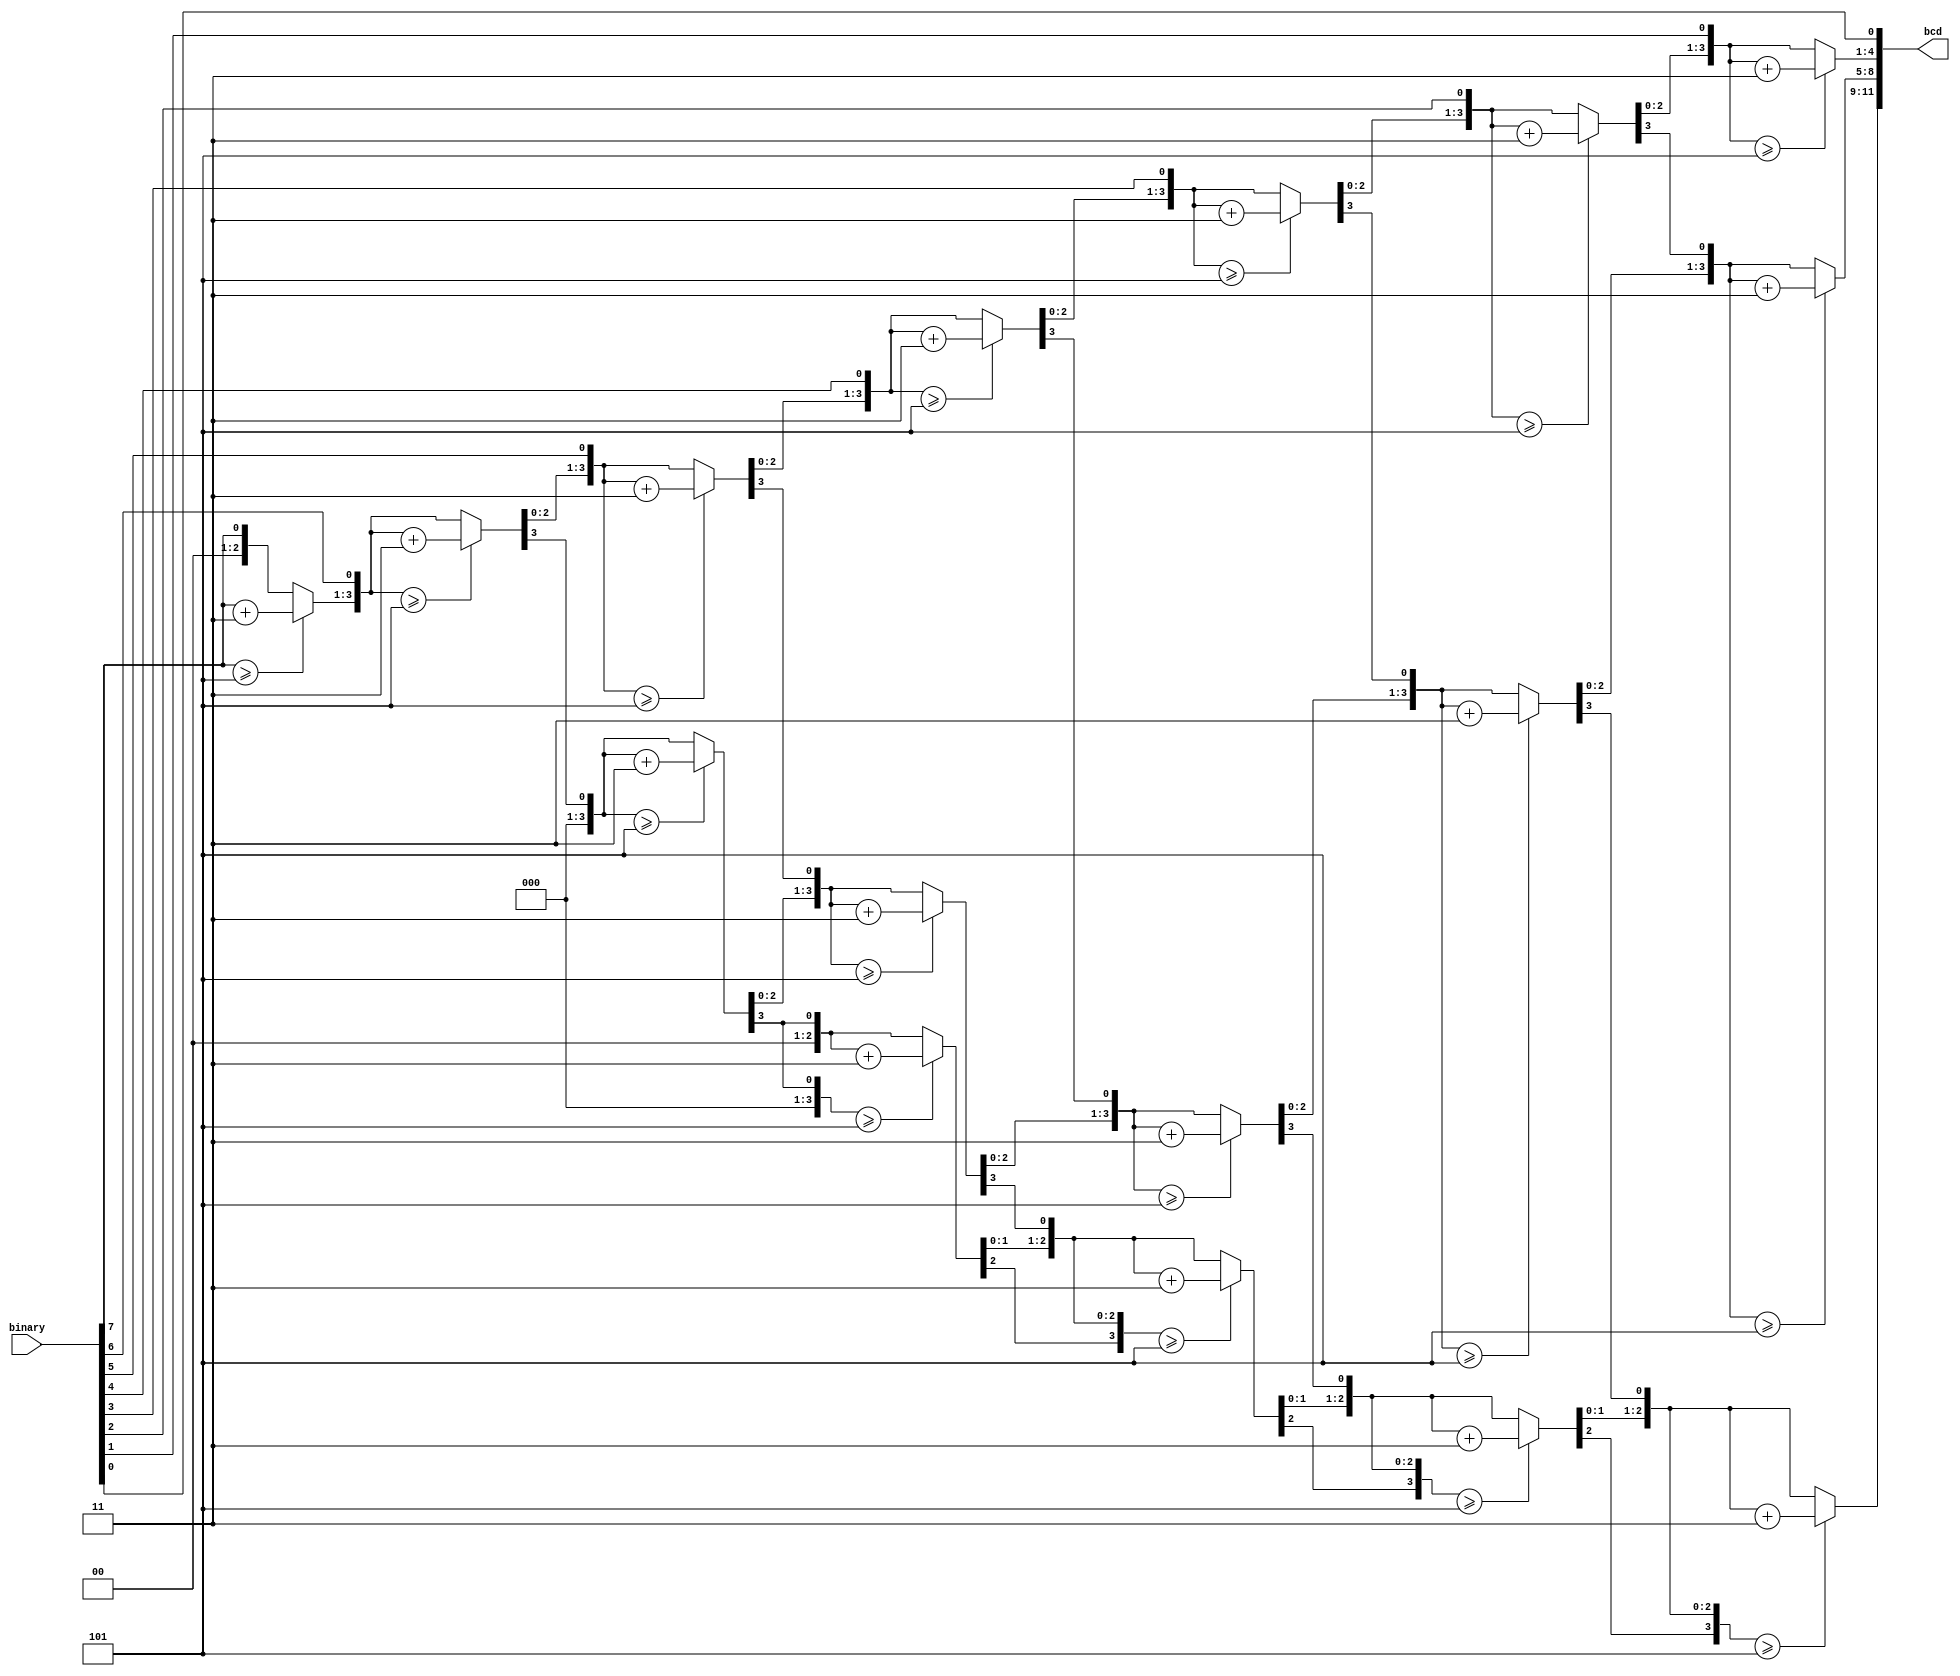
`timescale 1ns / 1ps
//////////////////////////////////////////////////////////////////////////////////
// Company: 
// Engineer: 
// 
// Design Name: 
// Module Name:    binary_to_bcd 
// Project Name: 
// Target Devices: 
// Tool versions: 
// Description: 
//
// Dependencies: 
//
// Revision: 
// Revision 0.01 - File Created
// Additional Comments: 
//
//////////////////////////////////////////////////////////////////////////////////
// Convert binary number to BCD
module binary_to_bcd(binary, bcd);
	parameter BITS_IN = 8;
	parameter DIGITS_OUT = 3;
	
	input [BITS_IN-1:0] binary;
	
	output reg [4*DIGITS_OUT-1:0] bcd;
	
	integer b, d;
	
	// Double dabble algorithm: http://en.wikipedia.org/wiki/Double_dabble
	always @(binary)
	begin
		bcd = 0;
		for (b = BITS_IN - 1; b >= 0; b = b - 1)
		begin
			for (d = 0; d < DIGITS_OUT; d = d + 1)
				if (bcd[d*4 +: 4] >= 5)
					bcd[d*4 +: 4] = bcd[d*4 +: 4] + 3;
			bcd = bcd << 1; 
			bcd[0] = binary[b];
		end
	end
endmodule